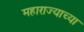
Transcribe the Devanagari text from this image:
महाराज्याच्या